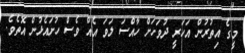
މީގެ އިތުރުން އަަހަރީ ދުވަހަށް ހާއްސަ ލަވަ އެއް ވެސް ހުށައެޅުން އޮތެވެ.